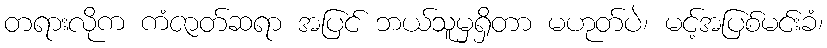
တရားလိုက ကံဇာတ်ဆရာ အပြင် ဘယ်သူမှရှိတာ မဟုတ်ပဲ၊ မင့်အပြစ်မင်းခံ၊